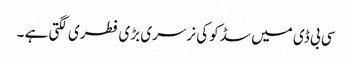
سی بی ڈی میں سڈکو کی نرسری بڑی فطری لگتی ہے ۔